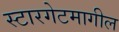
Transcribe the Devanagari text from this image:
स्टारगेटमागील